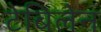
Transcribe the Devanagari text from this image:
टेबिलेन